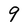
Character: 9